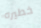
خطيره